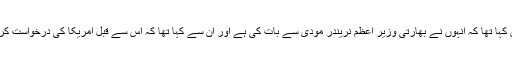
ٹرمپ نے ہفتے کے روز ایک پریس کانفرنس میں کہا تھا کہ انہوں نے بھارتی وزیر اعظم نریندر مودی سے بات کی ہے اور ان سے کہا تھا کہ اس سے قبل امریکا کی درخواست کردہ دوائیوں کی کھیپ جاری کرنے کی اجازت دے۔